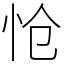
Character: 怆